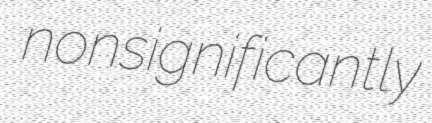
nonsignificantly